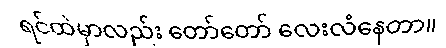
ရင်ထဲမှာလည်း တော်တော် လေးလံနေတာ။